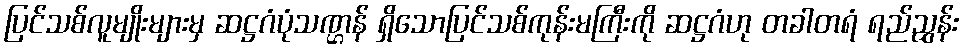
ပြင်သစ်လူမျိုးများမှ ဆဋ္ဌဂံပုံသဏ္ဌန် ရှိသောပြင်သစ်ကုန်းမကြီးကို ဆဋ္ဌဂံဟု တခါတရံ ရည်ညွှန်း